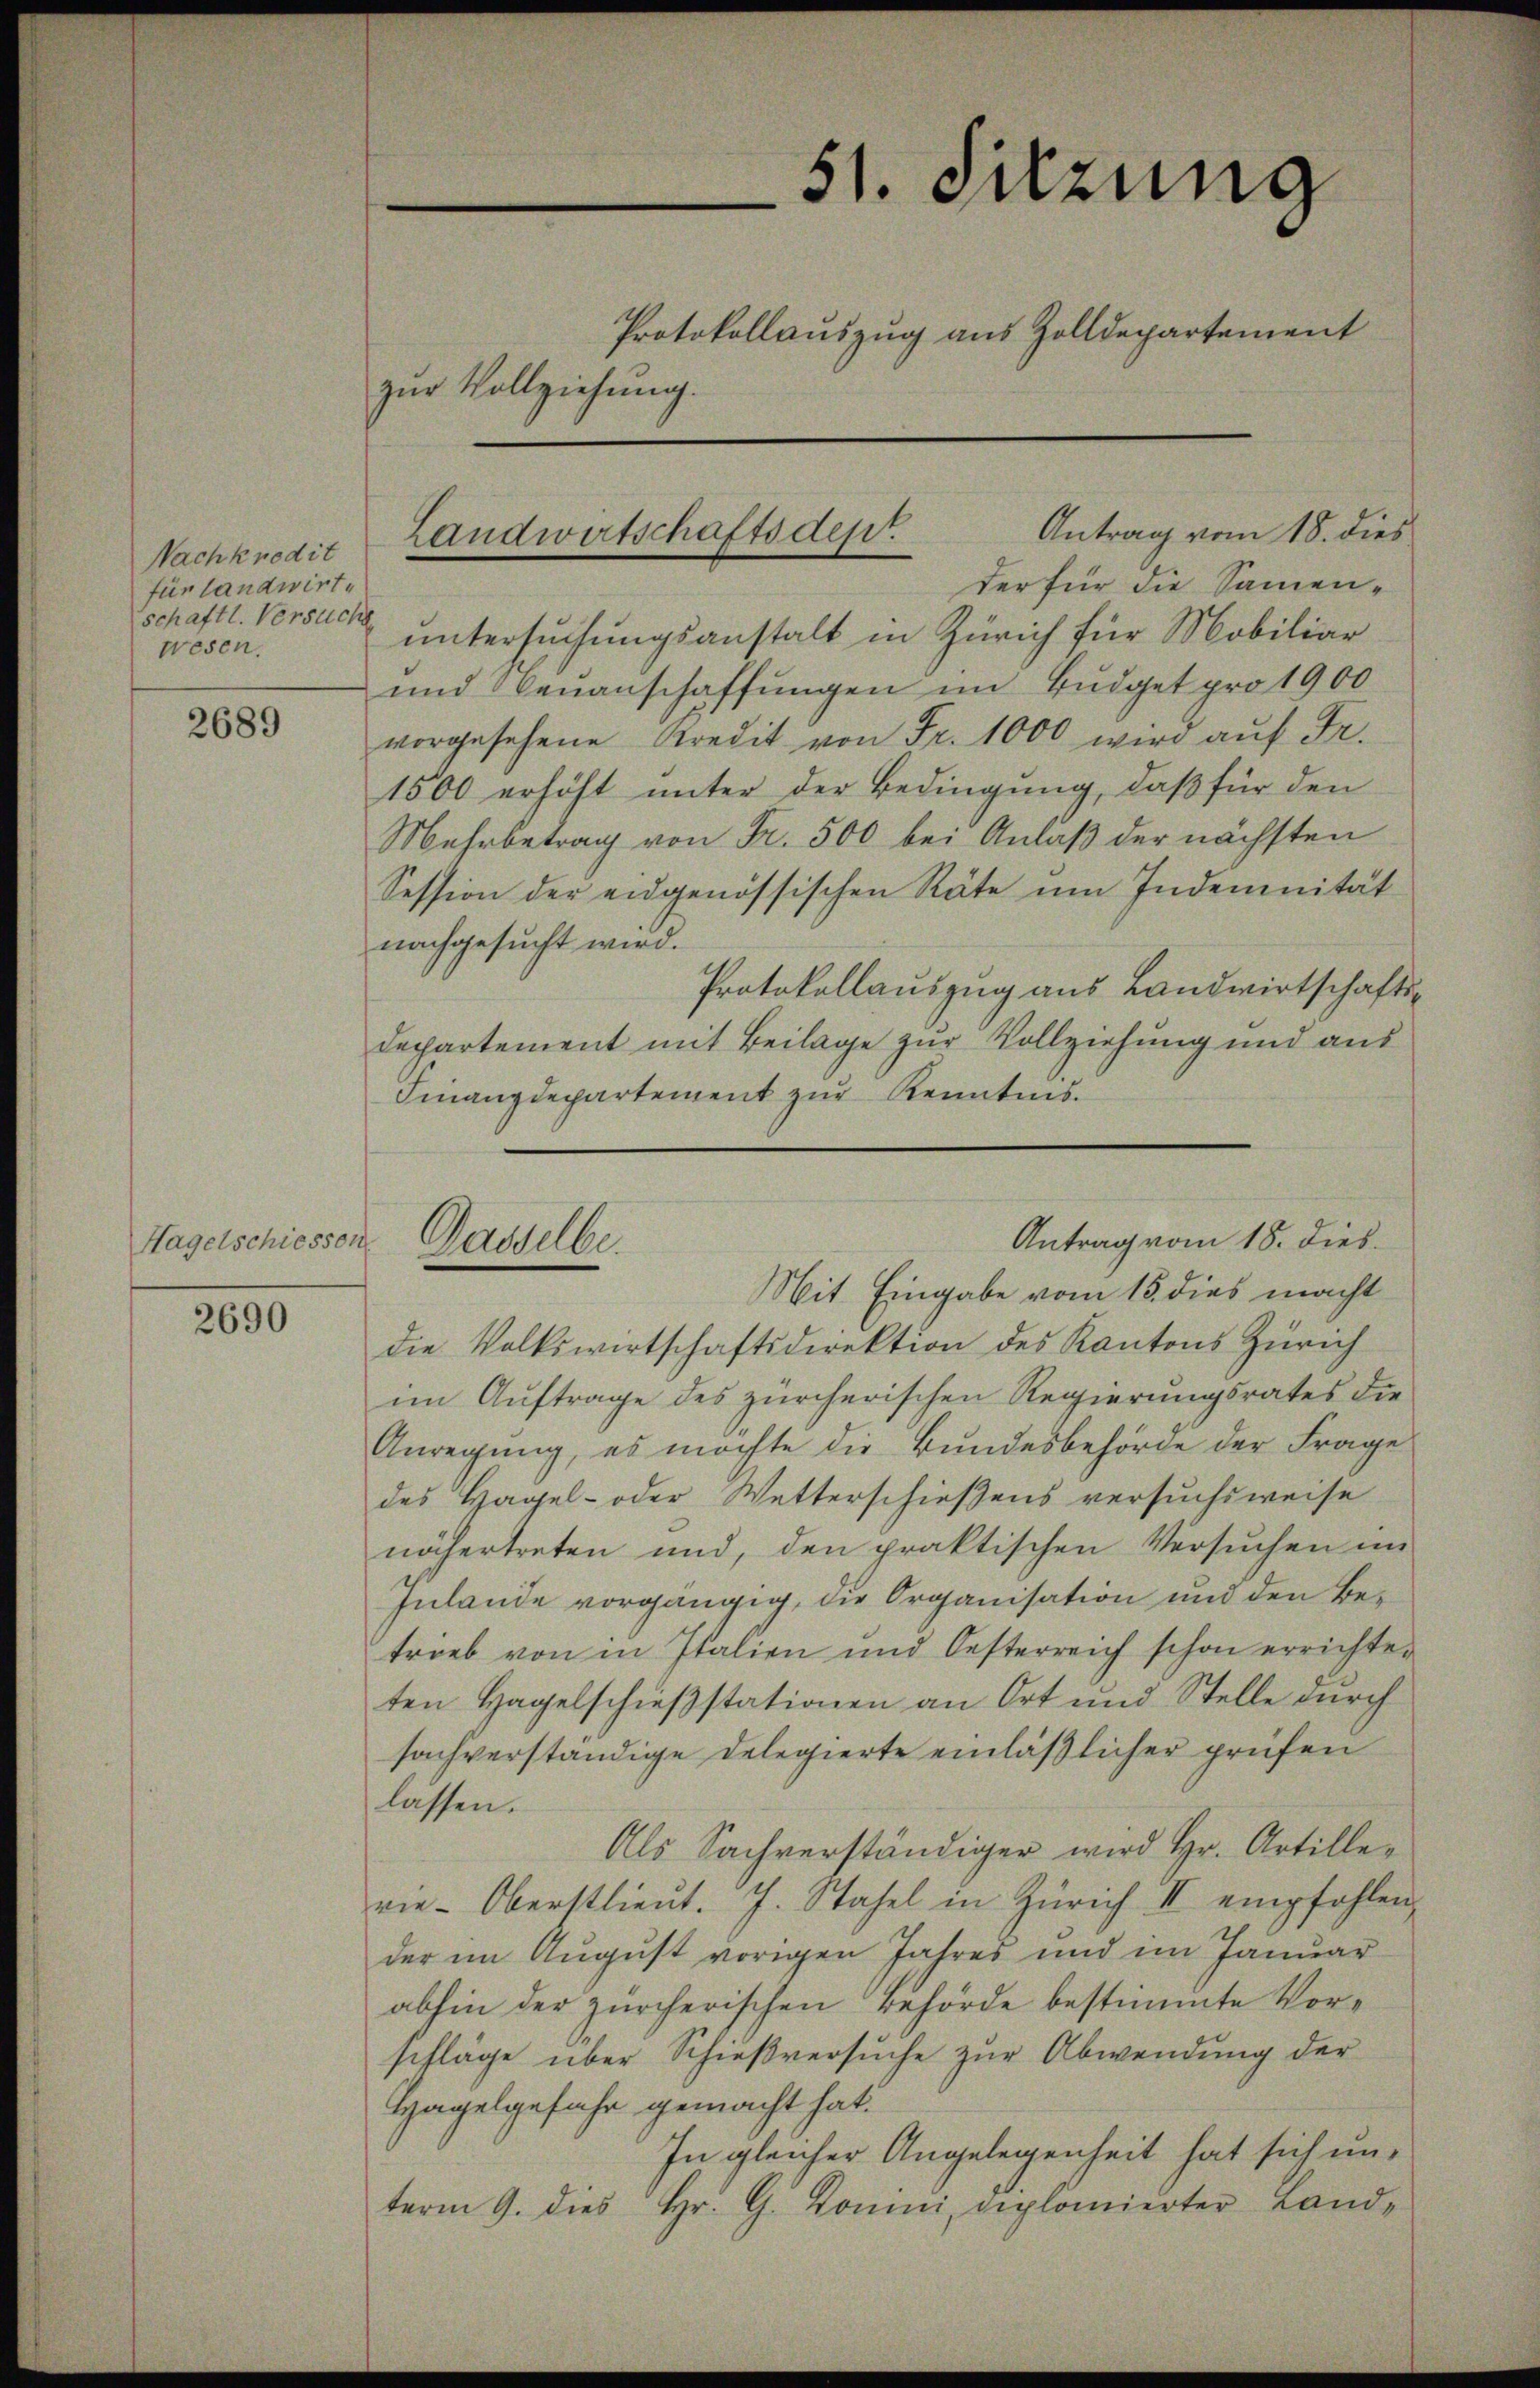
Nachkredit
für landwirt
schaftl. Versuche
wesen.

2689

Hagelschiesser

2690

der für die Samen-
untersuchungsanstalt in Zürich für Mobiliar
und benanschaffŭngen im Büdget pro 1900
vorgesehene Kredit von Fr. 1000 wird auf Fr.
1500 erhöht unter der Bedingung, daß für den
Mehrbetrag von Fr. 500 bei Anlaß der nächsten
Session der eidgenössischen Räte um Indemnität
nachgesucht wird.
Protokollauszug aus Landwirtschafts¬
Departement mit Beilage zur Vollziehung und aus
Finanzdepartement zur Kenntnis.

51. Sitzung
Protokollauszug aus Zolldepartement
zur Vollziehung.

Antrag vom 18. dies
Landwirtschaftsdep

Antrag vom 18. dies
Dasselbe.
Mit Eingabe vom 15. dies macht

die Volkswirtschaftsdirektion des Kantons Zürich
im Auftrage des zürcherischen Regierungsrates die
Anregung, es möchte die Bundesbehörde der Frage
des Hagel- oder Wetterschießens versuchsweise
nähertreten und, den praktischen Versuchen im
Inlande vorgängig, die Organisation und den Betrieb von in Italien und Oesterreich schon errichter
ten Hagelschieβstationen an Ort und Stelle dŭrch
sachverständige Delegierte einläßlicher prüfen
lassen.
Als Sachverständiger wird Hr. Artillevie-Oberstlieŭt. J. Stahel in Zürich II empfohlen
der im August vorigen Jahres und im Januar
abhin der zürcherischen Behörde bestimmte Vorschläge über Schießversuche zur Abwendung der
Hagelgefahr gemacht hat.
In gleicher Angelegenheit hat sich un-
term 9. dies Hr. G. Domini, diplomierter Land-